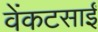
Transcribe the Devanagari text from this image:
वेंकटसाईं